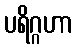
ပရိဂ္ဂဟာ